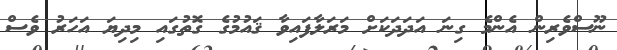
ނޫސްވެރިން އެންމެ ގިނަ އަދަދަކަށް މަރަލާފައިވާ ޤައުމުގެ ގޮތުގައި މިދިޔަ އަހަރު ވެސް